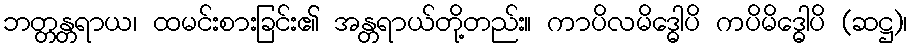
ဘတ္တန္တရာယ၊ ထမင်းစားခြင်း၏ အန္တရာယ်တို့တည်း။ ကာပိလမိဒ္ဓေါပိ ကပိမိဒ္ဓေါပိ (ဆဋ္ဌ)၊